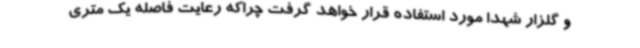
و گلزار شهدا مورد استفاده قرار خواهد گرفت چراکه رعایت فاصله یک متری